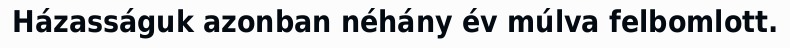
Házasságuk azonban néhány év múlva felbomlott.